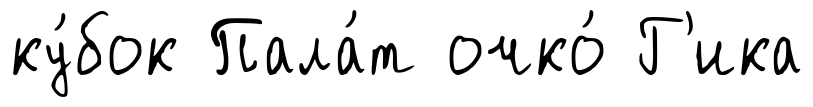
ку́бок Пала́т очко́ Г'ика